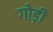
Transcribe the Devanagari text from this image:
गोड़ी